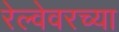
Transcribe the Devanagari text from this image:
रेल्वेवरच्या